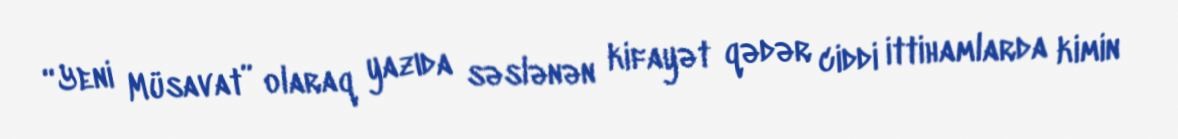
“Yeni Müsavat” olaraq yazıda səslənən kifayət qədər ciddi ittihamlarda kimin